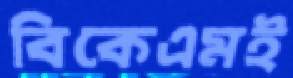
বিকেএমই